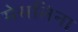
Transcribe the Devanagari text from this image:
मेसलिना